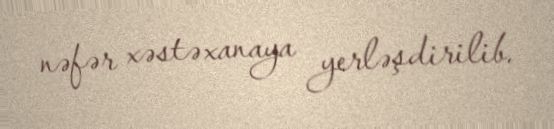
nəfər xəstəxanaya yerləşdirilib.